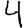
Digit: 4